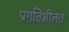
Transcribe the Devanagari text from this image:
प्रगतिशीलत